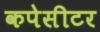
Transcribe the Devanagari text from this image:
कपेसीटर